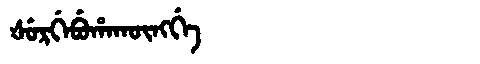
Manchu: ᡧᡠᡵᡤᡝᠪᡠᡥᠠᡴᡡᠩᡤᡝ
Romanization: ŠURGEBUHAKŪNGGE